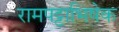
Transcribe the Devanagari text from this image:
रामपट्टाभिषेक